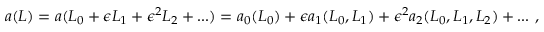
\begin{array} { r } { a ( L ) = a ( L _ { 0 } + \epsilon L _ { 1 } + \epsilon ^ { 2 } L _ { 2 } + . . . ) = a _ { 0 } ( L _ { 0 } ) + \epsilon a _ { 1 } ( L _ { 0 } , L _ { 1 } ) + \epsilon ^ { 2 } a _ { 2 } ( L _ { 0 } , L _ { 1 } , L _ { 2 } ) + . . . \ , } \end{array}